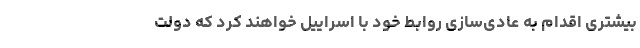
بیشتری اقدام به عادی‌سازی روابط خود با اسراییل خواهند کرد که دولت